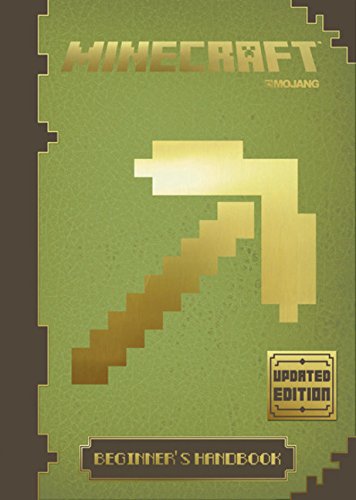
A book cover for Minecraft Beginner's Handbook; Children's Books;